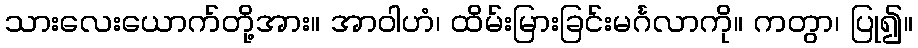
သားလေးယောက်တို့အား။ အာဝါဟံ၊ ထိမ်းမြားခြင်းမင်္ဂလာကို။ ကတွာ၊ ပြု၍။